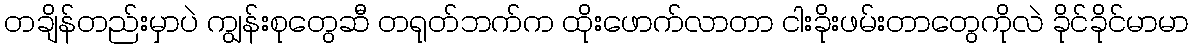
တချိန်တည်းမှာပဲ ကျွန်းစုတွေဆီ တရုတ်ဘက်က ထိုးဖောက်လာတာ ငါးခိုးဖမ်းတာတွေကိုလဲ ခိုင်ခိုင်မာမာ